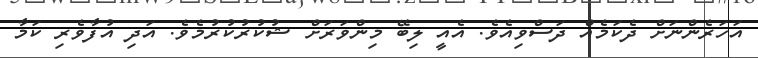
އަހަރެންނަށް ދެކަމެއް ދަސްވިއެވެ. އެއީ ލިބޭ މިންވަރަށް ޝުކުރުކުރުމެވެ. އަދި އުފާވެރި ކަމާ